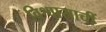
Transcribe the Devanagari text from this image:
विश्वासाचीं